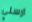
ارسلي